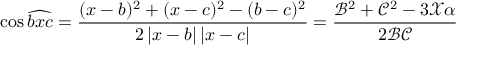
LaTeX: \cos \widehat { b x c } = \frac { ( x - b ) ^ { 2 } + ( x - c ) ^ { 2 } - ( b - c ) ^ { 2 } } { 2 \left| x - b \right| \left| x - c \right| } = \frac { \mathcal { B } ^ { 2 } + \mathcal { C } ^ { 2 } - 3 \mathcal { X } \alpha } { 2 \mathcal { B C } }